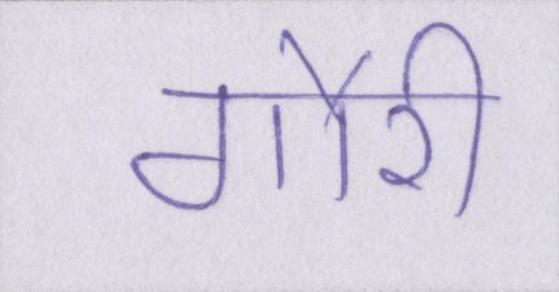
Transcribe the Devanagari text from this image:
गौरी